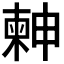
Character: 𣍃